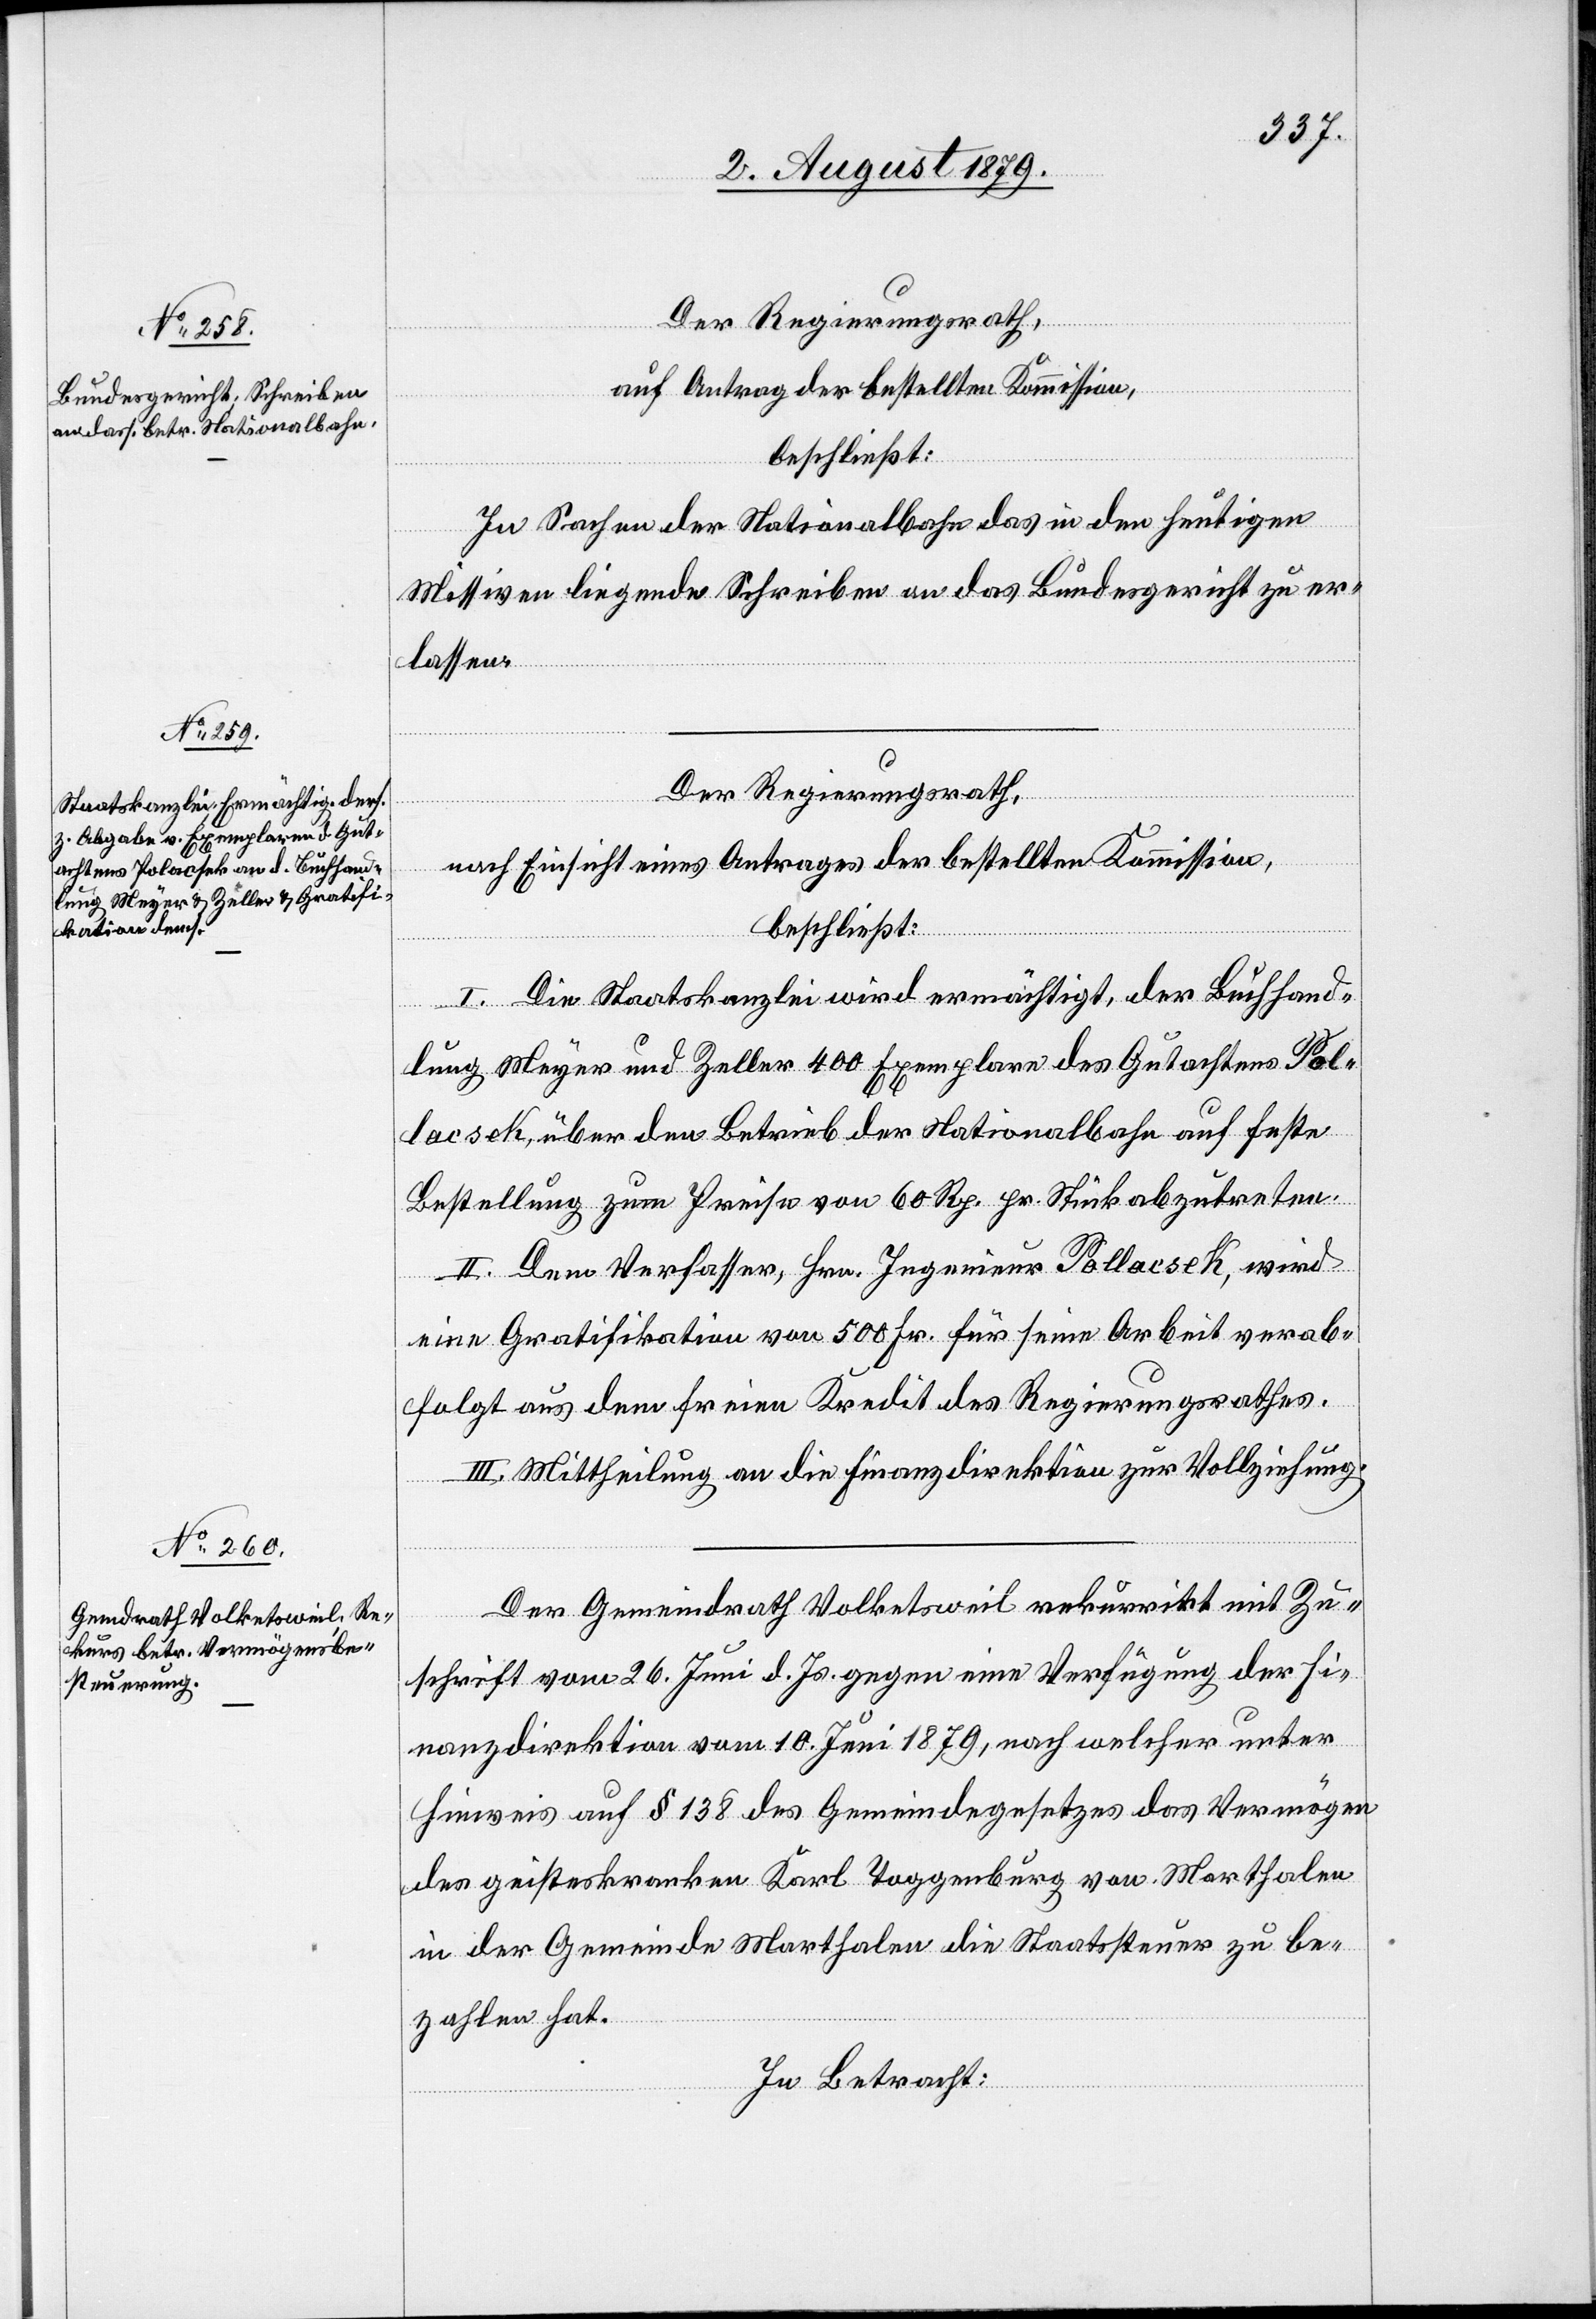
Der Regierungsrath,
auf Antrag der bestellten Kommission,
beschließt:
In Sachen der Nationalbahn das in den heutigen
Missiven liegende Schreiben an das Bundesgericht zu er¬
lassen.
I. Die Staatskanzlei wird ermächtigt, der Buchhand¬
lung Meyer und Zeller 400 Exemplare des Gutachtens Pol¬
acsek, über den Betrieb der Nationalbahn auf feste
Bestellung zum Preise von 60 Rp. pr. Stück abzutreten.
II. Dem Verfasser, Hrn. Ingenieur Pollacsek [sic!], wird
eine Gratifikation von 500 Fr. für seine Arbeit verab¬
folgt aus dem freien Kredit des Regierungsrathes.
III. Mittheilung an die Finanzdirektion zur Vollziehung.
Der Gemeindrath Volketsweil rekurrirt mit Zu¬
schrift vom 26. Juni d. Js. gegen eine Verfügung der Fi¬
nanzdirektion vom 10. Juni 1879, nach welcher unter
Hinweis auf § 138 des Gemeindegesetzes das Vermögen
des geisteskranken Karl Toggenburg von Marthalen
in der Gemeinde Marthalen die Staatssteuer zu be¬
zahlen hat.
In Betracht: